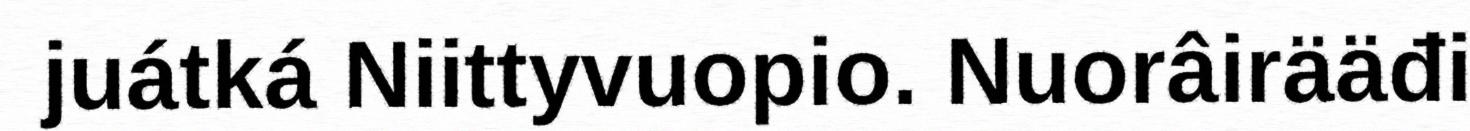
juátká Niittyvuopio. Nuorâirääđi